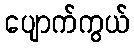
ပျောက်ကွယ်